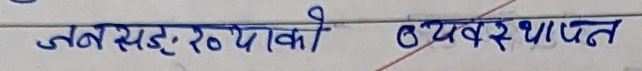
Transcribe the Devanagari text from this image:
जब खड्योको ब्यवस्थापन